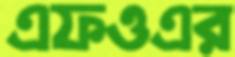
এফওএর